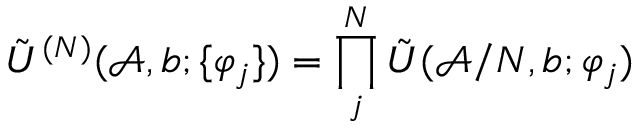
\tilde { U } ^ { ( N ) } ( \mathcal { A } , b ; \{ \varphi _ { j } \} ) = \prod _ { j } ^ { N } \tilde { U } ( \mathcal { A } / N , b ; \varphi _ { j } )